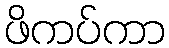
ဖိကပ်ကာ